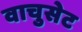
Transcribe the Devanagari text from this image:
वाचुसेट